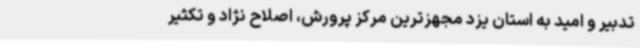
تدبیر و امید به استان یزد مجهزترین مرکز پرورش، اصلاح نژاد و تکثیر